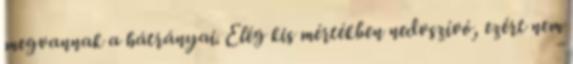
megvannak a hátrányai. Elég kis mértékben nedvszívó, ezért nem